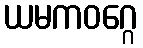
ယမကဝဂ္ဂေ